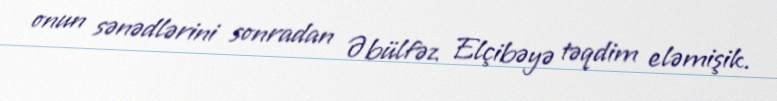
onun sənədlərini sonradan Əbülfəz Elçibəyə təqdim eləmişik.